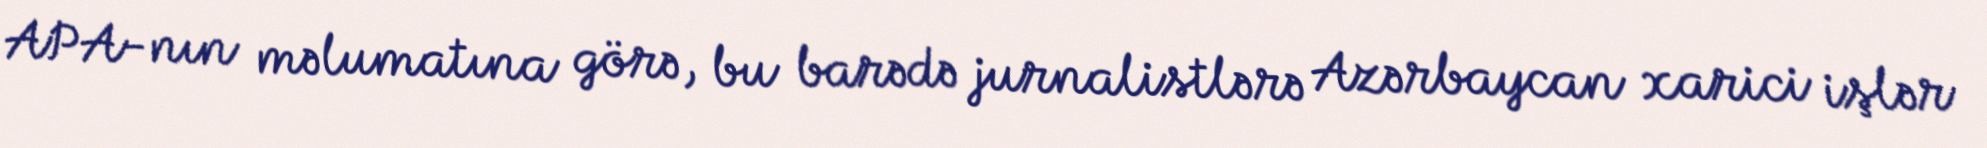
APA-nın məlumatına görə, bu barədə jurnalistlərə Azərbaycan xarici işlər